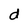
Character: d